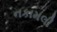
નકામલી